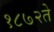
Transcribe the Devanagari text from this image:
१८७२ते